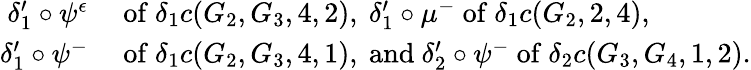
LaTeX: \begin{array}{rl}{\delta_{1}^{\prime}\circ\psi^{\epsilon}}&{\mathrm{~of~}\delta_{1}c(G_{2},G_{3},4,2),\ \delta_{1}^{\prime}\circ\mu^{-}\mathrm{~of~}\delta_{1}c(G_{2},2,4),\ }\\ {\delta_{1}^{\prime}\circ\psi^{-}}&{\mathrm{~of~}\delta_{1}c(G_{2},G_{3},4,1),\mathrm{~and~}\delta_{2}^{\prime}\circ\psi^{-}\mathrm{~of~}\delta_{2}c(G_{3},G_{4},1,2).}\end{array}